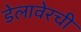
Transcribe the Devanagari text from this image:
डेलावेरची